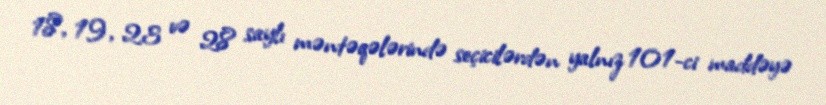
18, 19, 23 və 28 saylı məntəqələrində seçicilərdən yalnız 101-ci maddəyə